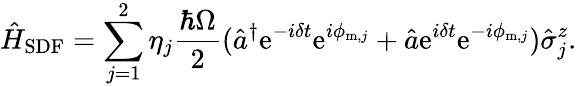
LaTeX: \hat{H}_{\mathrm{SDF}}=\sum_{j=1}^{2}\eta_{j}\frac{\hbar\Omega}{2}(\hat{a}^{\dagger}\mathrm{e}^{-i\delta t}\mathrm{e}^{i\phi_{\mathrm{m},j}}+\hat{a}\mathrm{e}^{i\delta t}\mathrm{e}^{-i\phi_{\mathrm{m},j}})\hat{\sigma}_{j}^{z}.